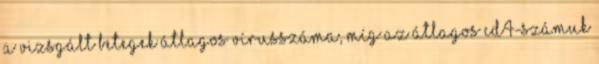
a vizsgált betegek átlagos vírusszáma, míg az átlagos cd4-számuk